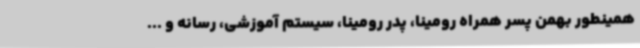
همینطور بهمن پسر همراه رومینا، پدر رومینا، سیستم آموزشی، رسانه و ...